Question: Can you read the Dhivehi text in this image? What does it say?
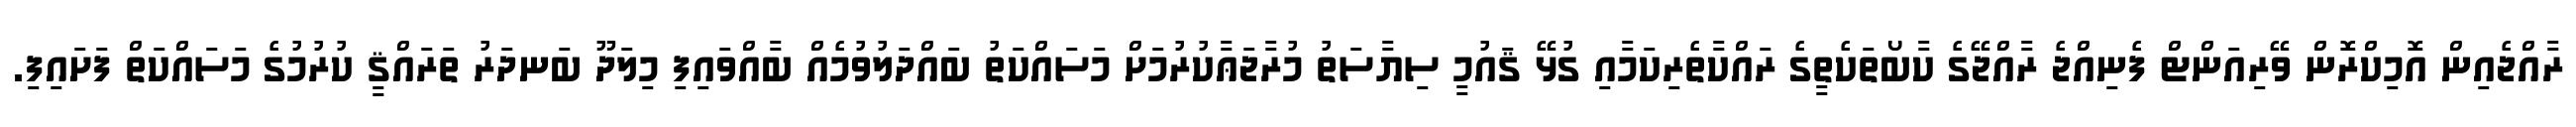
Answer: ރާއްޖެއިން އޮމިކްރޮން ވޭރިއަންޓް ފެނިއްޖެ ރާއްޖޭގެ ކާބޯތަކެތީގެ ރައްކާތެރިކަމާއި ގުޅޭ ޤައުމީ ސިޔާސަތު މުރާޖަޢާކުރުމަށް މަސައްކަތު ބައްދަލުވުމެއް ބާއްވައިފި މިލަދޫ ބަނދަރު ތަރައްޤީ ކުރުމުގެ މަސައްކަތް ފަށައިފި.